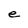
Character: e